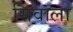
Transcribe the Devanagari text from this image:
सिवाला